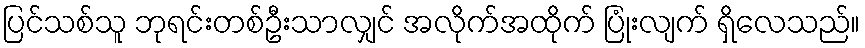
ပြင်သစ်သူ ဘုရင်းတစ်ဦးသာလျှင် အလိုက်အထိုက် ပြုံးလျက် ရှိလေသည်။